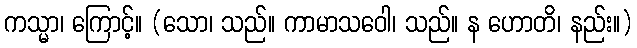
ကသ္မာ၊ ကြောင့်။ (သော၊ သည်။ ကာမာသဝေါ၊ သည်။ န ဟောတိ၊ နည်း။)